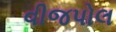
વીજપોલ